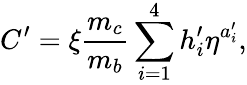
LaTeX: C^{\prime}=\xi{\frac{m_{c}}{m_{b}}}\sum_{i=1}^{4}h_{i}^{\prime}\eta^{a_{i}^{\prime}},